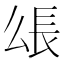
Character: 𰿋